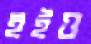
হইও